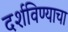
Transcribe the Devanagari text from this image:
दर्शविण्याचा